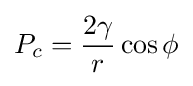
P_{c}={\frac {2\gamma }{r}}\cos \phi